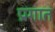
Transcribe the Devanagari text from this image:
प्रगात